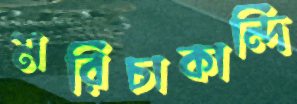
মরিচাকান্দি